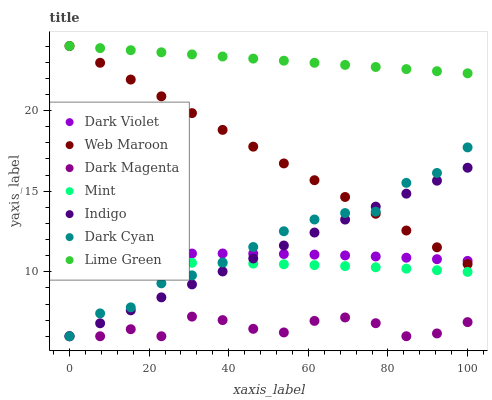
| xaxis_label | Dark Violet | Web Maroon | Dark Magenta | Mint | Indigo | Dark Cyan | Lime Green |
 | --- | --- | --- | --- | --- | --- | --- | --- |
 | 0 | 11 | 24 | 6 | 10.5 | 6 | 6 | 24 |
 | 7.69 | 11 | 23 | 6 | 10.5 | 6.8 | 7.42 | 23.9 |
 | 15.4 | 11.1 | 21.9 | 6.44 | 10.6 | 7.61 | 7.79 | 23.7 |
 | 23.1 | 11.1 | 20.9 | 6 | 10.6 | 8.41 | 9.28 | 23.6 |
 | 30.8 | 11.1 | 19.8 | 7.22 | 10.6 | 9.22 | 9.78 | 23.5 |
 | 38.5 | 11.1 | 18.8 | 7 | 10.5 | 10 | 10.6 | 23.3 |
 | 46.2 | 11.1 | 17.8 | 6.46 | 10.5 | 10.8 | 11.5 | 23.2 |
 | 53.8 | 11.1 | 16.7 | 6.24 | 10.5 | 11.6 | 12.5 | 23.1 |
 | 61.5 | 11.1 | 15.7 | 6.95 | 10.4 | 12.4 | 13.2 | 23 |
 | 69.2 | 11 | 14.6 | 7.17 | 10.3 | 13.2 | 13.6 | 22.8 |
 | 76.9 | 10.9 | 13.6 | 6.81 | 10.3 | 14 | 13.7 | 22.7 |
 | 84.6 | 10.9 | 12.6 | 6 | 10.2 | 14.8 | 15.5 | 22.6 |
 | 92.3 | 10.8 | 11.5 | 6.17 | 10.1 | 15.6 | 16.1 | 22.4 |
 | 100 | 10.7 | 10.5 | 6.88 | 9.99 | 16.5 | 17.7 | 22.3 |